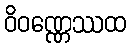
ဝိဝဏ္ဏေဿထ